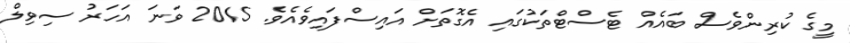
މީގެ ކުރިންވެސް ބައެއް ޓެސްޓްތަކުގައި އެގޮތަށް އައިސްފައިވެއެވެ. 2015 ވަނަ އަހަރު ސިވިލް